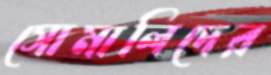
সোমালিদের